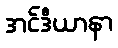
အင်ဒီယာနာ